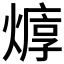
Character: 𱬉